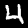
Digit: 4